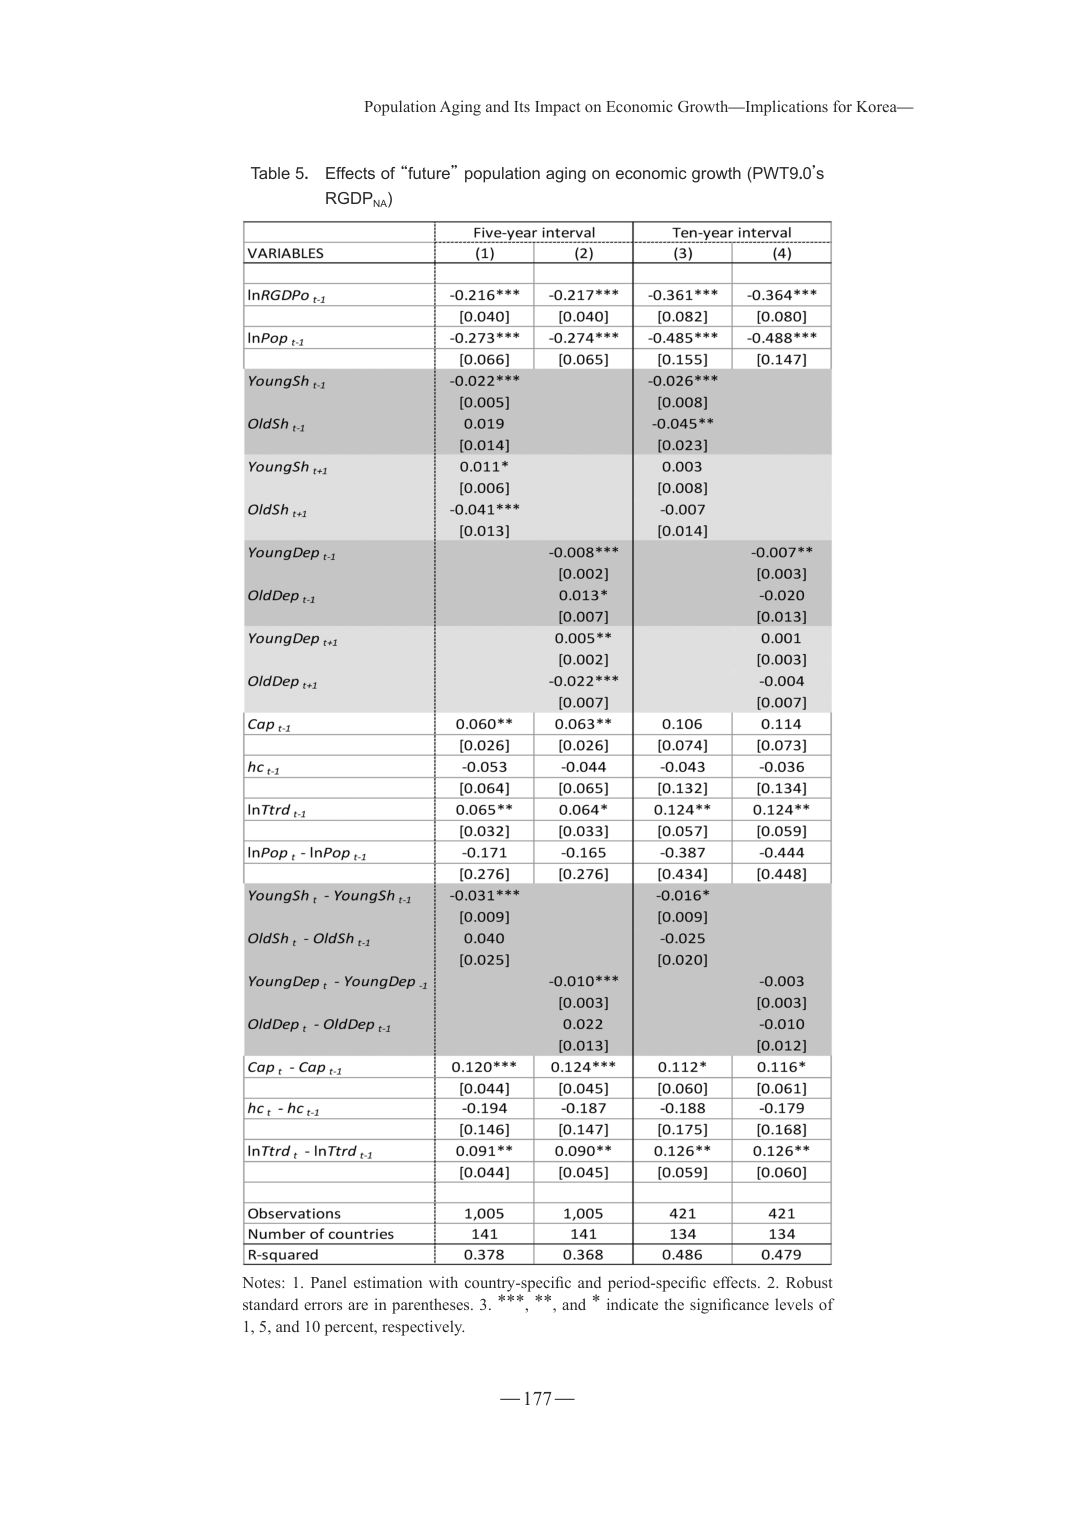
Population Aging and Its Impact on Economic Growth—Implications for Korea—

Table 5. Effects of “future” population aging on economic growth (PWT9.0’s RGDPNA)

VARIABLES | Five-year interval | Ten-year interval
--- | --- | ---
 | (1) | (2) | (3) | (4)
lnRGDPo t-1 | -0.216*** | -0.217*** | -0.361*** | -0.364***
 | [0.040] | [0.040] | [0.082] | [0.080]
lnPop t-1 | -0.273*** | -0.274*** | -0.485*** | -0.488***
 | [0.066] | [0.065] | [0.155] | [0.147]
YoungSh t-1 | -0.022*** | | -0.026*** |
 | [0.005] | | [0.008] |
OldSh t-1 | 0.019 | | -0.045** |
 | [0.014] | | [0.023] |
YoungSh t+1 | 0.011* | | 0.003 |
 | [0.006] | | [0.008] |
OldSh t+1 | -0.041*** | | -0.007 |
 | [0.013] | | [0.014] |
YoungDep t-1 | | -0.008*** | | -0.007**
 | | [0.002] | | [0.003]
OldDep t-1 | | 0.013* | | -0.020
 | | [0.007] | | [0.013]
YoungDep t+1 | | 0.005** | | 0.001
 | | [0.002] | | [0.003]
OldDep t+1 | | -0.022*** | | -0.004
 | | [0.007] | | [0.007]
Cap t-1 | 0.060** | 0.063** | 0.106 | 0.114
 | [0.026] | [0.026] | [0.074] | [0.073]
hc t-1 | -0.053 | -0.044 | -0.043 | -0.036
 | [0.064] | [0.065] | [0.132] | [0.134]
lnTrd t-1 | 0.065** | 0.064* | 0.124** | 0.124**
 | [0.032] | [0.033] | [0.057] | [0.059]
lnPop t - lnPop t-1 | -0.171 | -0.165 | -0.387 | -0.444
 | [0.276] | [0.276] | [0.434] | [0.448]
YoungSh t - YoungSh t-1 | -0.031*** | | -0.016* |
 | [0.009] | | [0.009] |
OldSh t - OldSh t-1 | 0.040 | | -0.025 |
 | [0.025] | | [0.020] |
YoungDep t - YoungDep t-1 | | -0.010*** | | -0.003
 | | [0.003] | | [0.003]
OldDep t - OldDep t-1 | | 0.022 | | -0.010
 | | [0.013] | | [0.012]
Cap t - Cap t-1 | 0.120*** | 0.124*** | 0.112* | 0.116*
 | [0.044] | [0.045] | [0.060] | [0.061]
hc t - hc t-1 | -0.194 | -0.187 | -0.188 | -0.179
 | [0.146] | [0.147] | [0.175] | [0.168]
lnTrd t - lnTrd t-1 | 0.091** | 0.090** | 0.126** | 0.126**
 | [0.044] | [0.045] | [0.059] | [0.060]
Observations | 1,005 | 1,005 | 421 | 421
Number of countries | 141 | 141 | 134 | 134
R-squared | 0.378 | 0.368 | 0.486 | 0.479

Notes: 1. Panel estimation with country-specific and period-specific effects. 2. Robust standard errors are in parentheses. 3. ***, **, and * indicate the significance levels of 1, 5, and 10 percent, respectively.

— 177 —